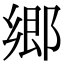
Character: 郷